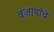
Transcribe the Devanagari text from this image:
वंजार्यांचे